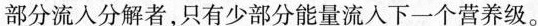
部分流入分解者，只有少部分能量流入下一个营养级。